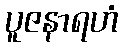
ပူဇနာရဟံ